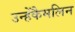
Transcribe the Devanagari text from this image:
उन्हेंकैमलिन